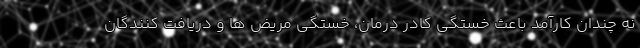
نه چندان کارآمد باعث خستگی کادر درمان، خستگی مریض ها و دریافت کنندگان